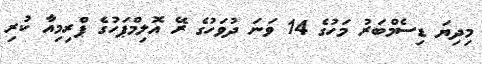
މިދިޔަ ޑިސެމްބަރު މަހުގެ 14 ވަނަ ދުވަހުގެ ރޭ އޮލިމްޕަހުގެ ޕްރިމިއާ ކުރި